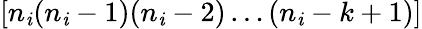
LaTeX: [n_{\mathit{i}}(n_{\mathit{i}}-1)(n_{\mathit{i}}-2)\dots(n_{\mathit{i}}-k+1)]